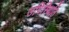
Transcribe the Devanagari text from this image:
उपिस्थिति